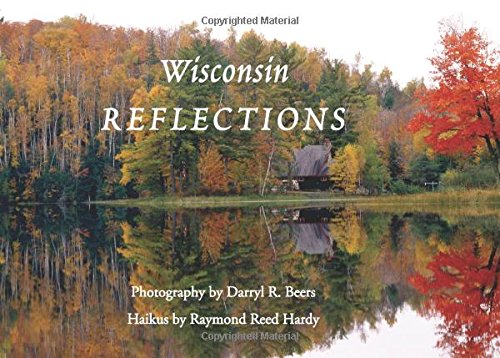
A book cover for Wisconsin Reflections; Darryl R. Beers; Literature & Fiction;